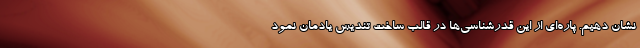
نشان دهیم. پاره‌ای از این قدرشناسی‌ها در قالب ساخت تندیس یادمان نمود